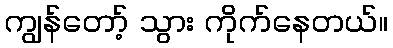
ကျွန်တော့် သွား ကိုက်နေတယ်။